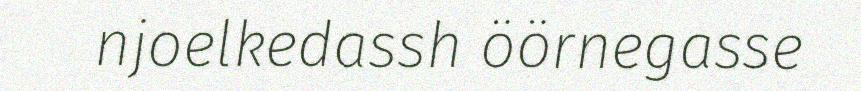
njoelkedassh öörnegasse